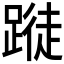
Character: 𨃝